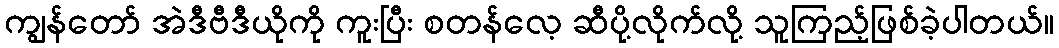
ကျွန်တော် အဲဒီဗီဒီယိုကို ကူးပြီး စတန်လေ့ ဆီပို့လိုက်လို့ သူကြည့်ဖြစ်ခဲ့ပါတယ်။